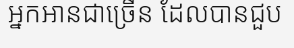
អ្នកអានជាច្រើន ដែលបានជួប